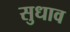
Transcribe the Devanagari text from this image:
सुधाव